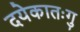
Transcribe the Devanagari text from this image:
दयेकातःगु